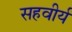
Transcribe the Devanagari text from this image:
सहवीर्यं